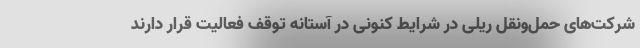
شرکت‌های حمل‌ونقل ریلی در شرایط کنونی در آستانه توقف فعالیت قرار دارند